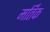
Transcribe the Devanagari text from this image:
मर्तिक